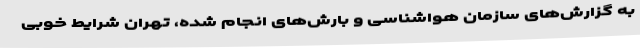
به گزارش‌های سازمان هواشناسی و بارش‌های انجام شده، تهران شرایط خوبی